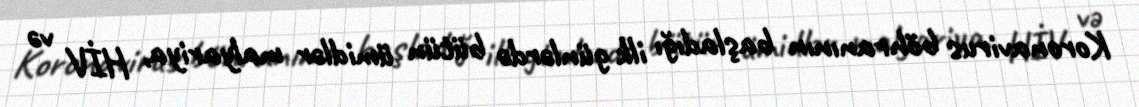
Koronavirus böhranının başladığı ilk günlərdə bütün ümidlər malyariya, HİV və